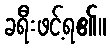
ခရီးဖင့်ရ၏။